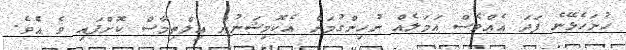
ހުށަހެޅޭނެ ފަދަ އެއްވެސް އަމަލެއް ނުހިންގުމަށް އެކޮމިޝަނުން އިލްތިމާސް ކޮށްފައި ވެ އެވެ.